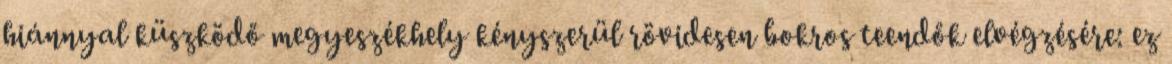
hiánnyal küszködő megyeszékhely kényszerül rövidesen bokros teendők elvégzésére: ez